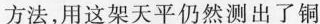
方法，用这架天平仍然测出了铜